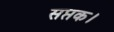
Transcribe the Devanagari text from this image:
सप्तक।